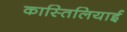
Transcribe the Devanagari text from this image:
कास्तिलियाई